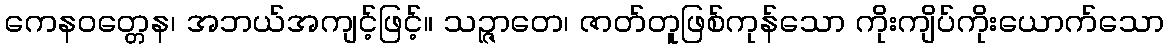
ကေနဝတ္တေန၊ အဘယ်အကျင့်ဖြင့်။ သဉ္ဇာတေ၊ ဇာတ်တူဖြစ်ကုန်သော ကိုးကျိပ်ကိုးယောက်သော